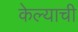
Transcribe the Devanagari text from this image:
केेल्याची